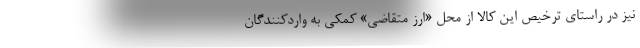
نیز در راستای ترخیص این کالا از محل «ارز متقاضی» کمکی به واردکنندگان